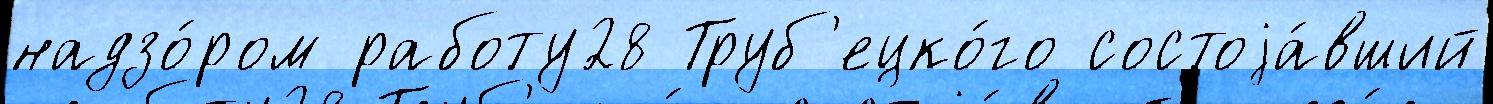
надзо́ром работу28 Труб'ецко́го состоjа́вший